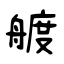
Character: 艔